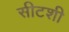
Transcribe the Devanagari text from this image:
सीटशी